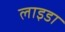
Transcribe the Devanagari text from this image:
लाइडा